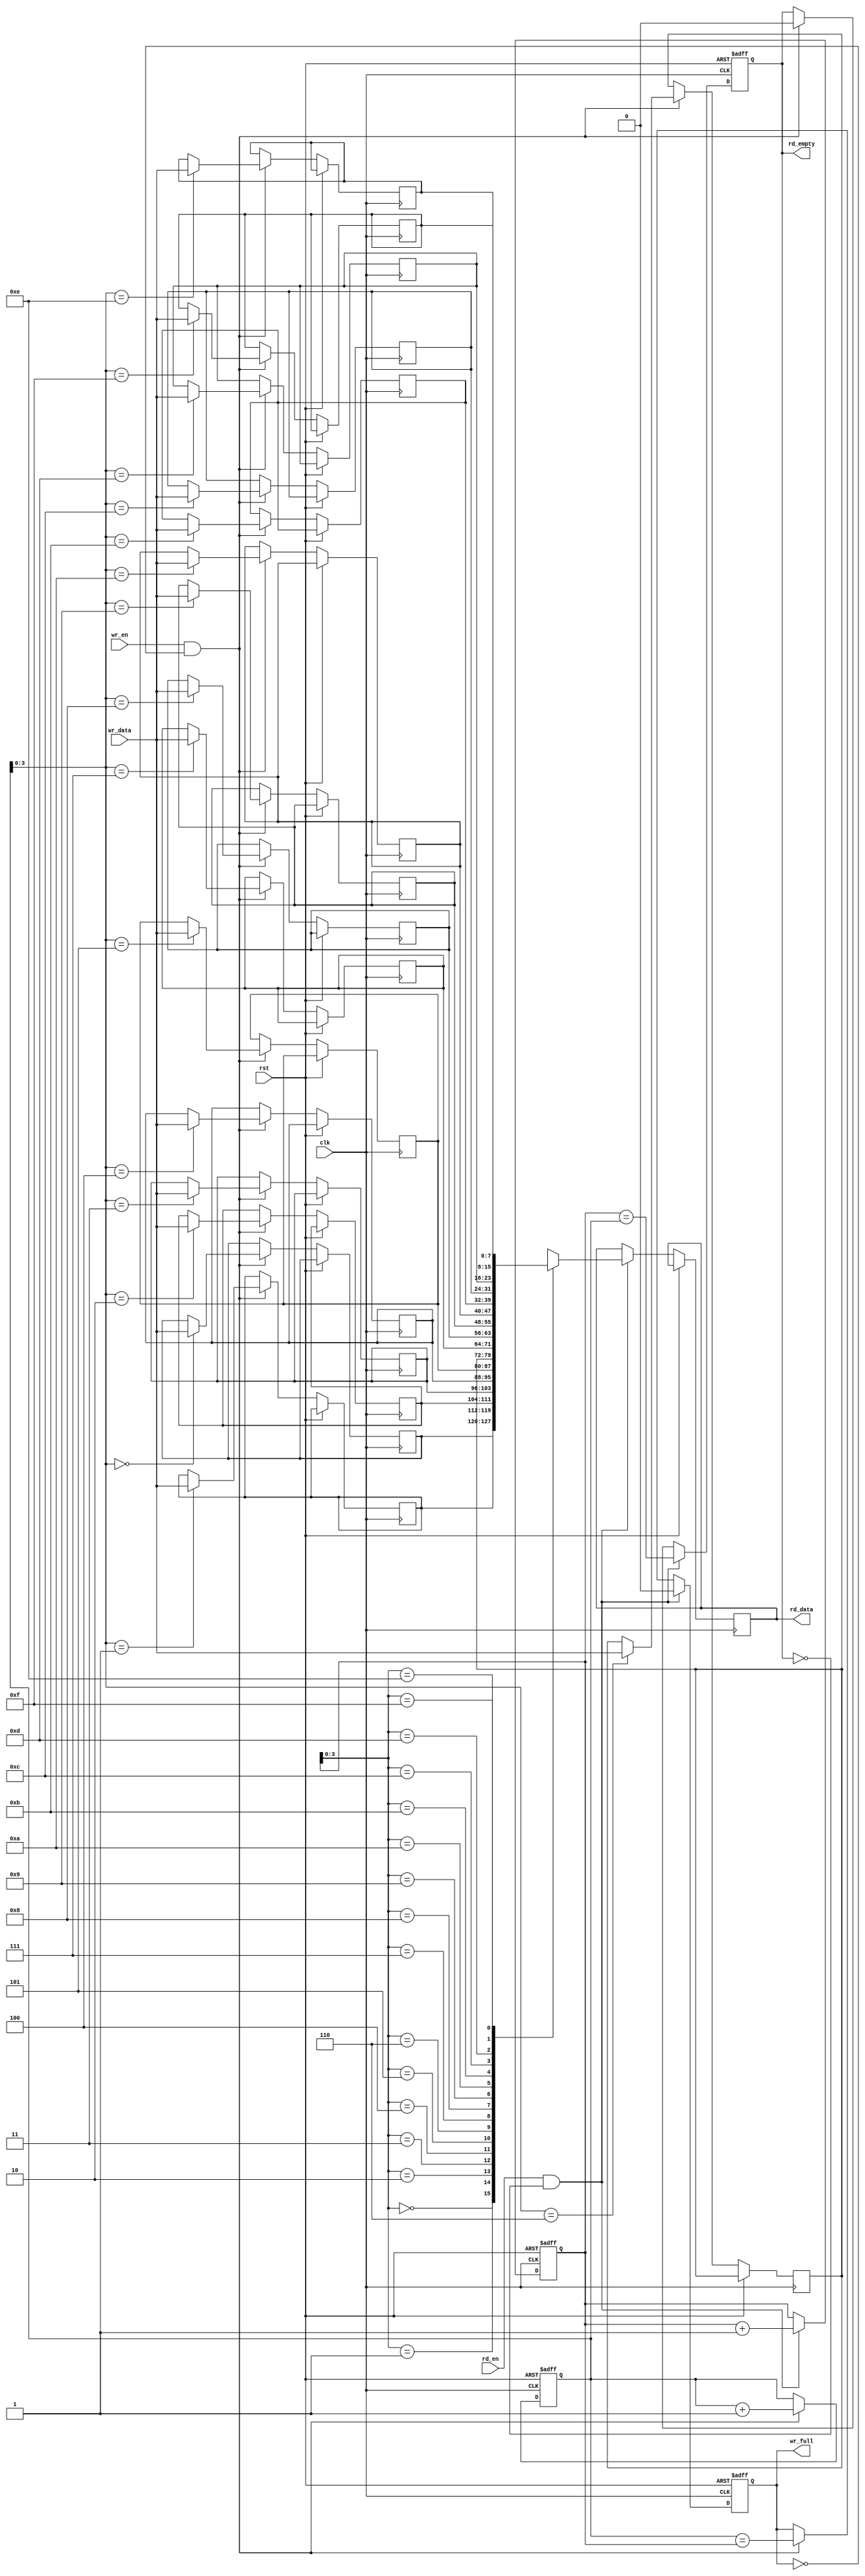
module dual_port_fifo (
    input wire clk,
    input wire rst,
    
    // Write port
    input wire wr_en,
    input wire [DATA_WIDTH-1:0] wr_data,
    output wire wr_full,
    
    // Read port
    input wire rd_en,
    output wire [DATA_WIDTH-1:0] rd_data,
    output wire rd_empty
);

parameter DEPTH = 16; // Depth of the FIFO buffer
parameter DATA_WIDTH = 8; // Width of input/output data

reg [DATA_WIDTH-1:0] fifo [0:DEPTH-1];
reg [DATA_WIDTH-1:0] rd_ptr, wr_ptr;

reg wr_full, rd_empty;

always @(posedge clk or posedge rst) begin
    if (rst) begin
        rd_ptr <= 0;
        wr_ptr <= 0;
        wr_full <= 0;
        rd_empty <= 1;
    end else begin
        if (wr_en && !wr_full) begin
            fifo[wr_ptr] <= wr_data;
            wr_ptr <= wr_ptr + 1;
            wr_full <= (wr_ptr == rd_ptr);
            rd_empty <= 0;
        end
        
        if (rd_en && !rd_empty) begin
            rd_data <= fifo[rd_ptr];
            rd_ptr <= rd_ptr + 1;
            rd_empty <= (rd_ptr == wr_ptr);
            wr_full <= 0;
        end
    end
end

endmodule